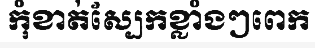
កុំខាត់ស្បែកខ្លាំងៗពេក